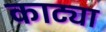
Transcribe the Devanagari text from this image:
काट्या